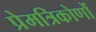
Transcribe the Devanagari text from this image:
प्रेमत्रिकोणों